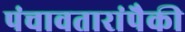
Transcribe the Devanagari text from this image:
पंचावतारांपैकी